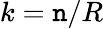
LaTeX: k=\mathtt{n}/R